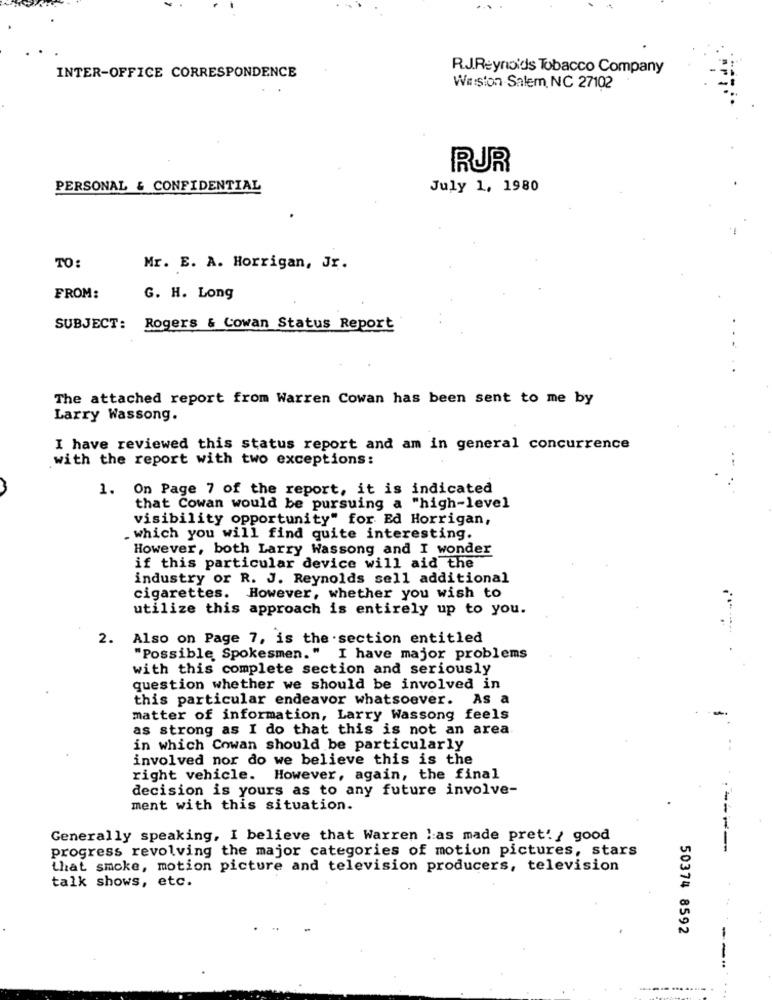
INTER-OFFICE CORRESPONDENCE
R.J.Reynolds Tobacco Company
Waston Salem, NC 27102
RUR
PERSONAL & CONFIDENTIAL
July 1, 1980
TO:
Mr. E. A. Horrigan, Jr.
FROM:
G. H. Long
SUBJECT:
Rogers & Cowan Status Report
The attached report from Warren Cowan has been sent to me by
Larry Wassong.
I have reviewed this status report and am in general concurrence
with the report with two exceptions:
1. On Page 7 of the report, it is indicated
that Cowan would be pursuing a "high-level
visibility opportunity" for Ed Horrigan,
. which you will find quite interesting.
However, both Larry Wassong and I wonder
if this particular device will aid the
industry or R. J. Reynolds sell additional
cigarettes. However, whether you wish to
utilize this approach is entirely up to you.
2.
Also on Page 7, is the section entitled
"Possible Spokesmen." I have major problems
with this complete section and seriously
question whether we should be involved in
this particular endeavor whatsoever. As a
matter of information, Larry Wassong feels
as strong as I do that this is not an area
in which Cowan should be particularly
involved nor do we believe this is the
right vehicle. However, again, the final
decision is yours as to any future involve-
ment with this situation.
Generally speaking, I believe that Warren !: as made pret! ! good
progress revolving the major categories of motion pictures, stars
that smoke, motion picture and television producers, television
talk shows, etc.
50374 8592